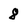
Character: 8